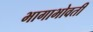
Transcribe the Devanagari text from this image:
भागाभोवती